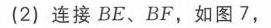
(2) 连接\(BE\)、\(BF\)，如图7，